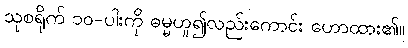
သုစရိုက် ၁၀-ပါးကို ဓမ္မဟူ၍လည်းကောင်း ဟောထား၏။